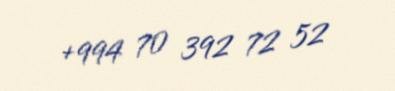
+994 70 392 72 52